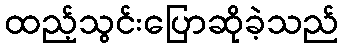
ထည့်သွင်းပြောဆိုခဲ့သည်